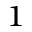
^ { 1 }